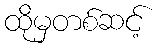
ထိုမှတစ်ဆင့်